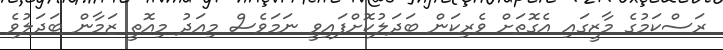
ރަސްކަމުގެ މާޒީގައި އެގޮތަށް ވެރިކަން ބަދަލުކޮށްފައިވީ ނަމަވެސް މިއަދު މިއޮތީ ޒަމާން ބަދަލުވެ